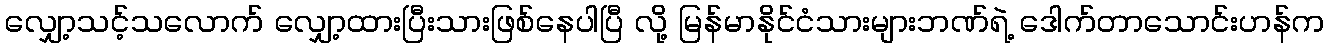
လျှော့သင့်သလောက် လျှော့ထားပြီးသားဖြစ်နေပါပြီ လို့ မြန်မာနိုင်ငံသားများဘဏ်ရဲ့ ဒေါက်တာသောင်းဟန်က